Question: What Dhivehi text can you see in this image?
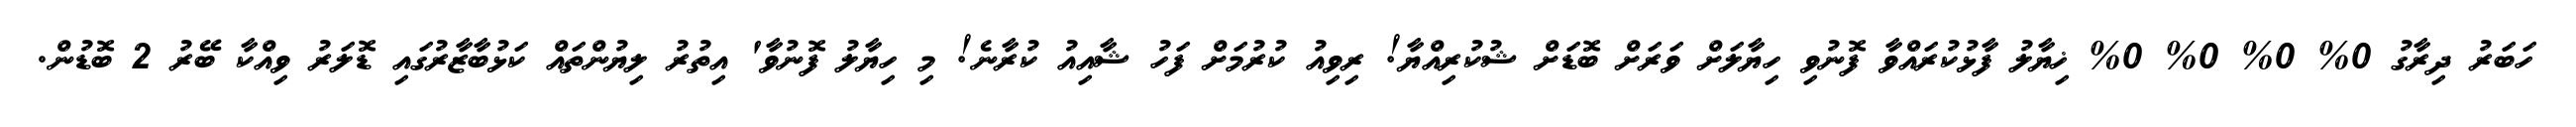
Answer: ހަބަރު ދިރާގު 0% 0% 0% 0% ޚިޔާލު ފާޅުކުރައްވާ ފޮނުވި ހިޔާލަށް ވަރަށް ބޮޑަށް ޝުކުރިއްޔާ! ރިވިއު ކުރުމަށް ފަހު ޝާއިއު ކުރާނެ! މި ހިޔާލު ފޮނުވާ' އިތުރު ލިޔުންތައް ކަޅުބާޒާރުގައި ޑޮލަރު ވިއްކާ ބޭރު 2 ބޮޑުން.